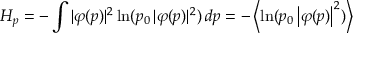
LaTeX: H _ { p } = - \int | \varphi ( p ) | ^ { 2 } \ln ( p _ { 0 } \, | \varphi ( p ) | ^ { 2 } ) \, d p = - \left\langle \ln ( p _ { 0 } \left| \varphi ( p ) \right| ^ { 2 } ) \right\rangle